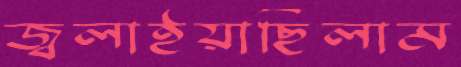
জ্বলাইয়াছিলাম